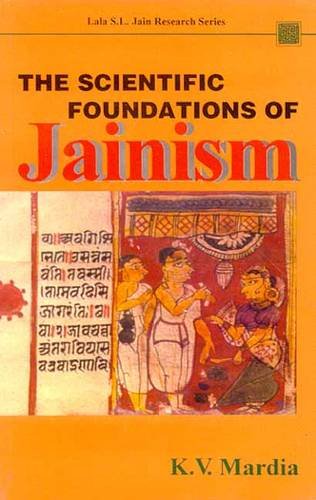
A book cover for The Scientific Foundations of Jainism (Lala S.L. Jain Research Series) (Lala Sunder Lal Jain Research Series); K.V. Mardia; Religion & Spirituality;